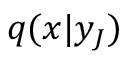
q ( x | y _ { J } )